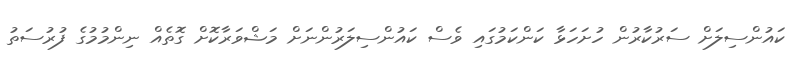
ކައުންސިލަށް ސަރުކާރުން ހުށަހަޅާ ކަންކަމުގައި ވެސް ކައުންސިލަރުންނަށް މަޝްވަރާކޮށް ގޮތެއް ނިންމުމުގެ ފުރުސަތު